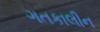
ગતકાલીન